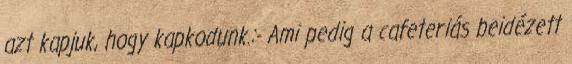
azt kapjuk, hogy kapkodunk.:- Ami pedig a cafeteriás beidézett